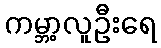
ကမ္ဘာ့လူဦးရေ